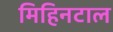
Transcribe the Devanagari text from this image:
मिहिनटाल